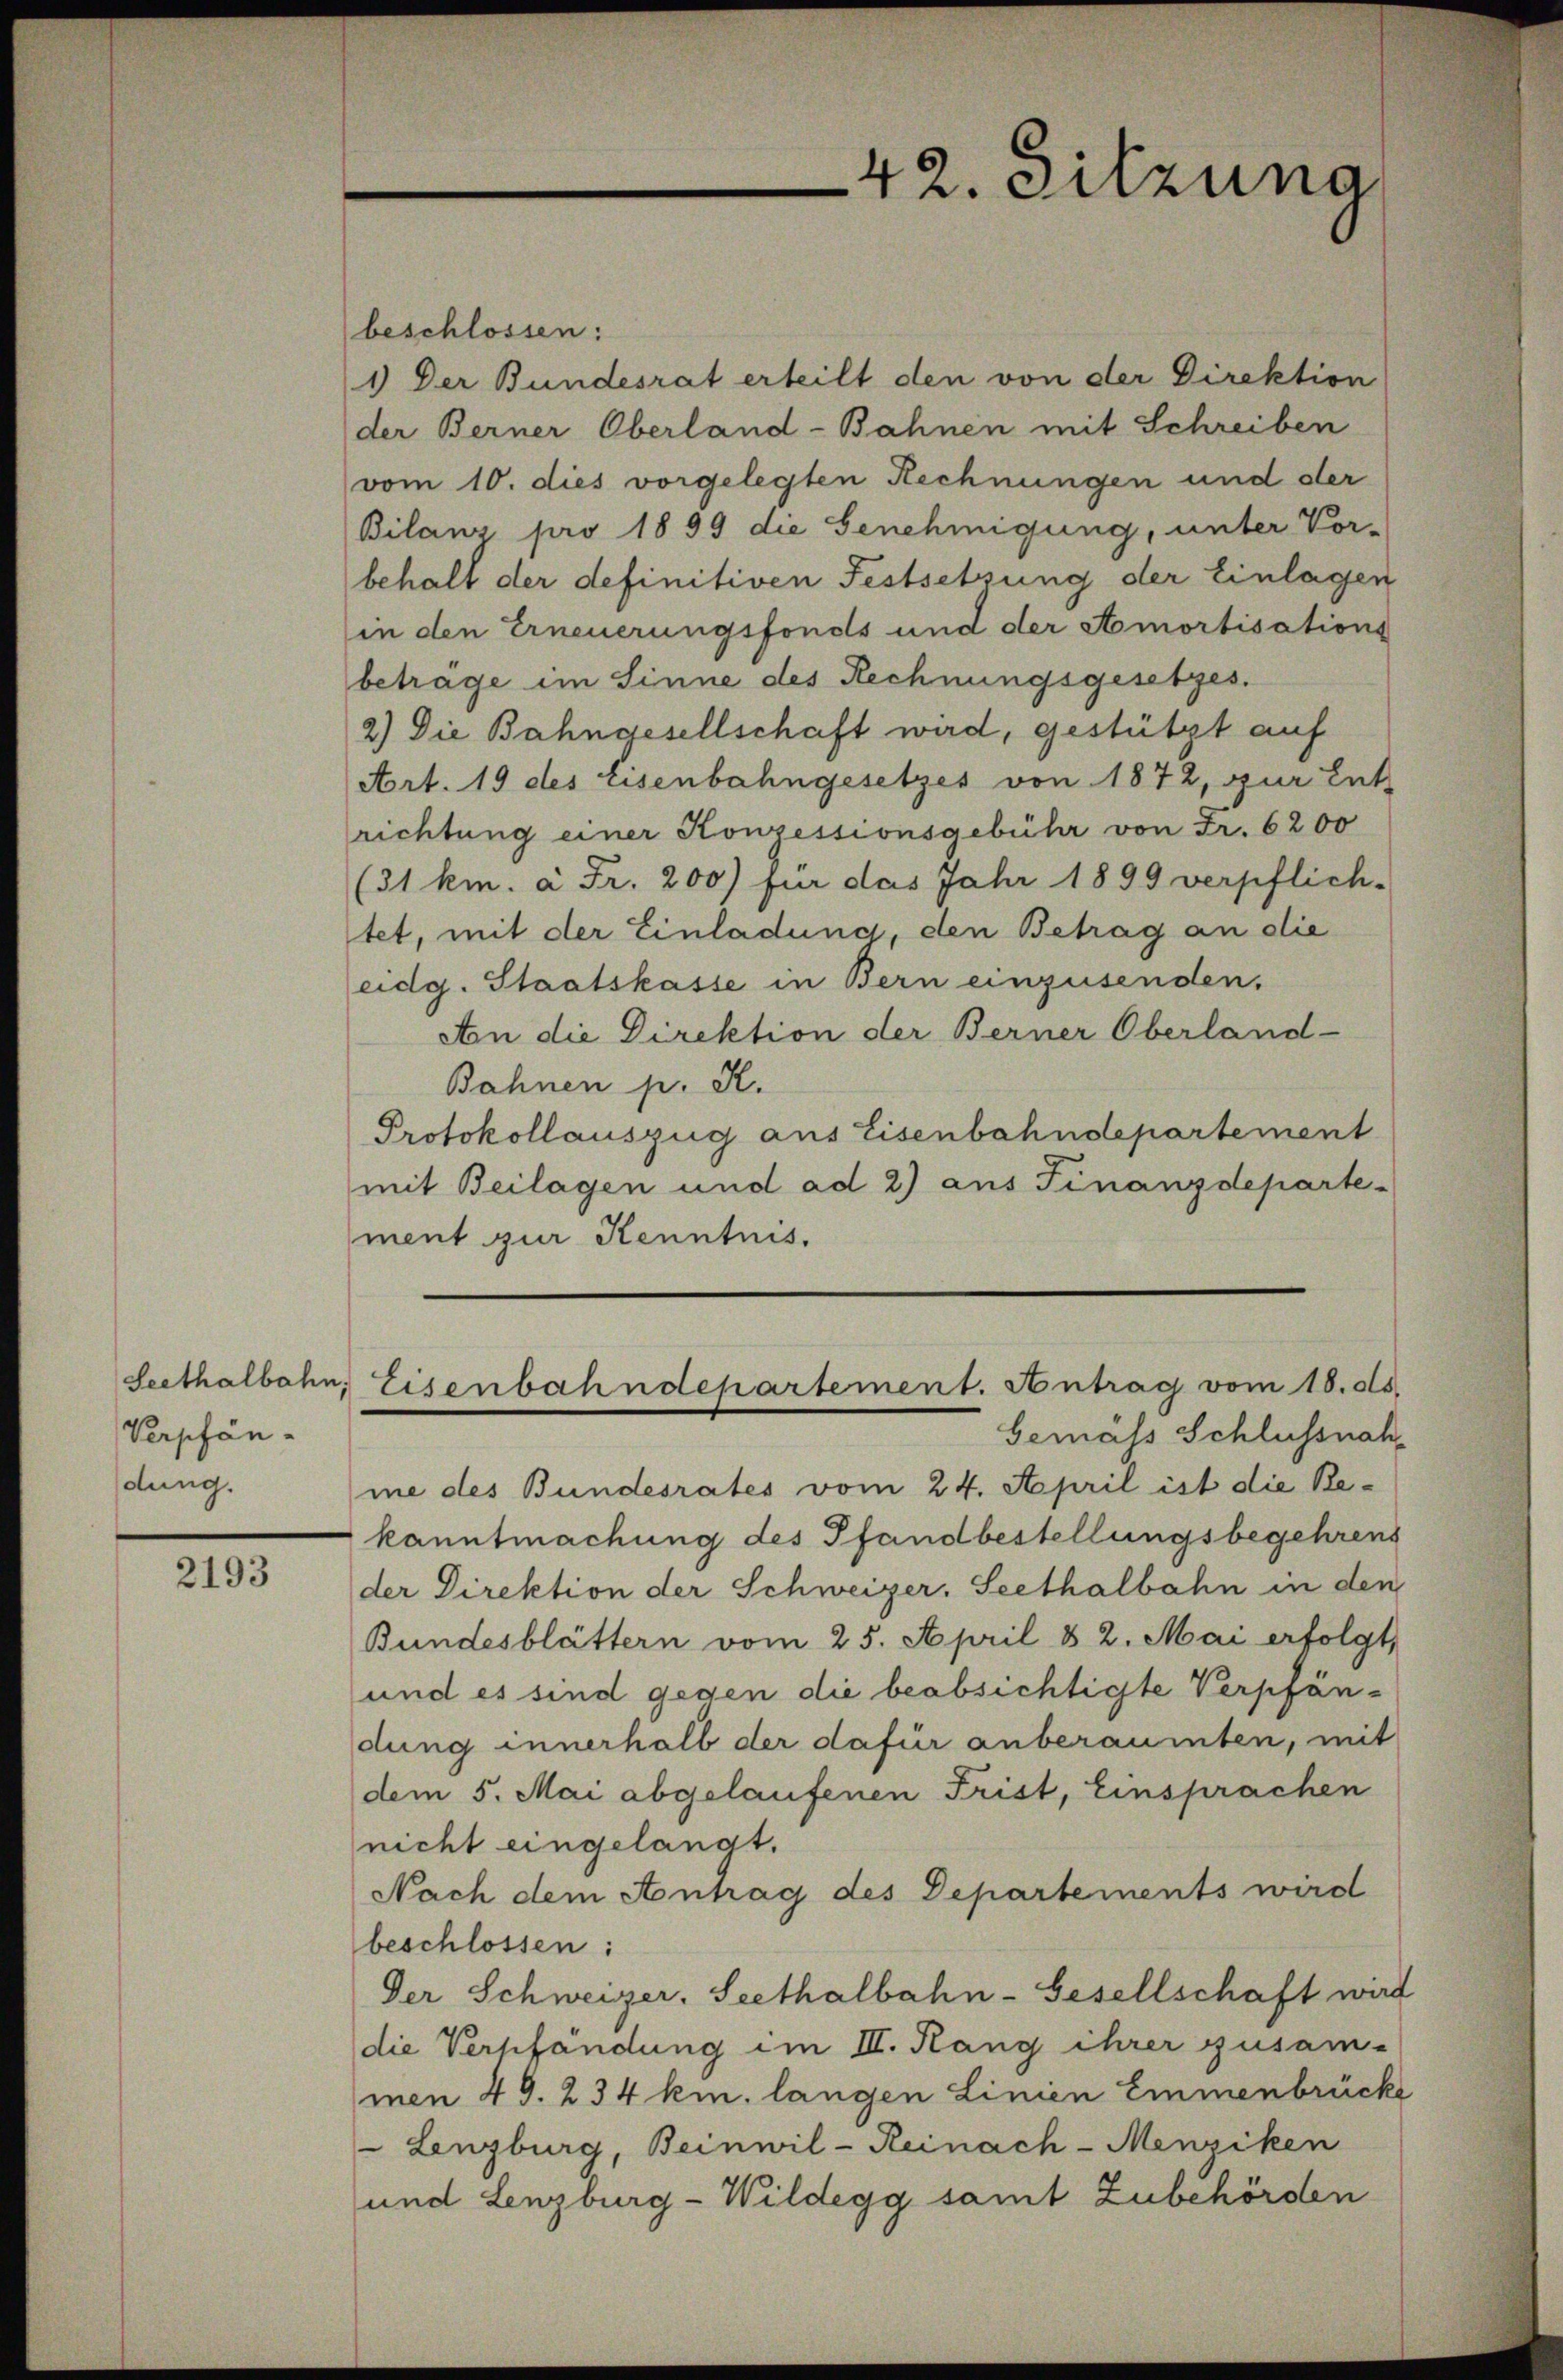
Verpfän-
dung.

2193

beschlossen:
1.) Der Bundesrat erteilt den von der Direktion
der Berner Oberland-Bahnen mit Schreiben
vom 10. dies vorgelegten Rechnungen und der
Bilanz pro 1899 die Genehmigung, unter Vor-
behalt der definitiven Festsetzung der Einlagen
in den Erneuerungsfonds und der Amortisations
betrage im Sinne des Rechnungsgesetzes.
2) Die Bahngesellschaft wird, gestützt auf
Art. 19 des Eisenbahngesetzes von 1872, zur Ent
richtung einer Konzessionsgebühr von Fr. 6200
(31 km. à Fr. 200) für das Jahr 1899 verpflich-
tet, mit der Einladung, den Betrag an die
eidg. Staatskasse in Bern einzusenden.
An die Direktion der Berner Oberland-
Bahnen p. K.
Protokollauszug aus Eisenbahndepartement
mit Beilagen und ad 2) aus Finanzdeparte-
ment zur Kenntnis.

Gemäss Schlussnahme des Bundesrates vom 24. April ist die Rekanntmachung des Pfandbestellungsbegehrens
der Direktion der Schweizer, Seethalbahn in den
Bundesblättern vom 25. April & 2. Mai erfolgt,
und es sind gegen die beabsichtigte Verpfändung innerhalb der dafür anberaumten, mit
dem 5. Mai abgelaufenen Frist, Einsprachen
nicht eingelangt.
Nach dem Antrag des Departements wird
beschlossen:
Der Schweizer. Seethalbahn-Gesellschaft wird
die Verpfändung im III. Rang ihrer zusam-
men 49. 234 km. langen Linien Emmenbrücke
 Lenzburg, Beinwil-Reinach-Menziken
und Lenzburg-Wildegg samt Zubehörden

42. Sitzuna

Seethalbahn, Eisenbahndepartement. Antrag vom 18. ds.